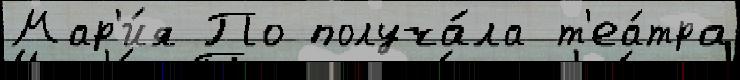
Мар'и́я По получа́ла т'еа́тра